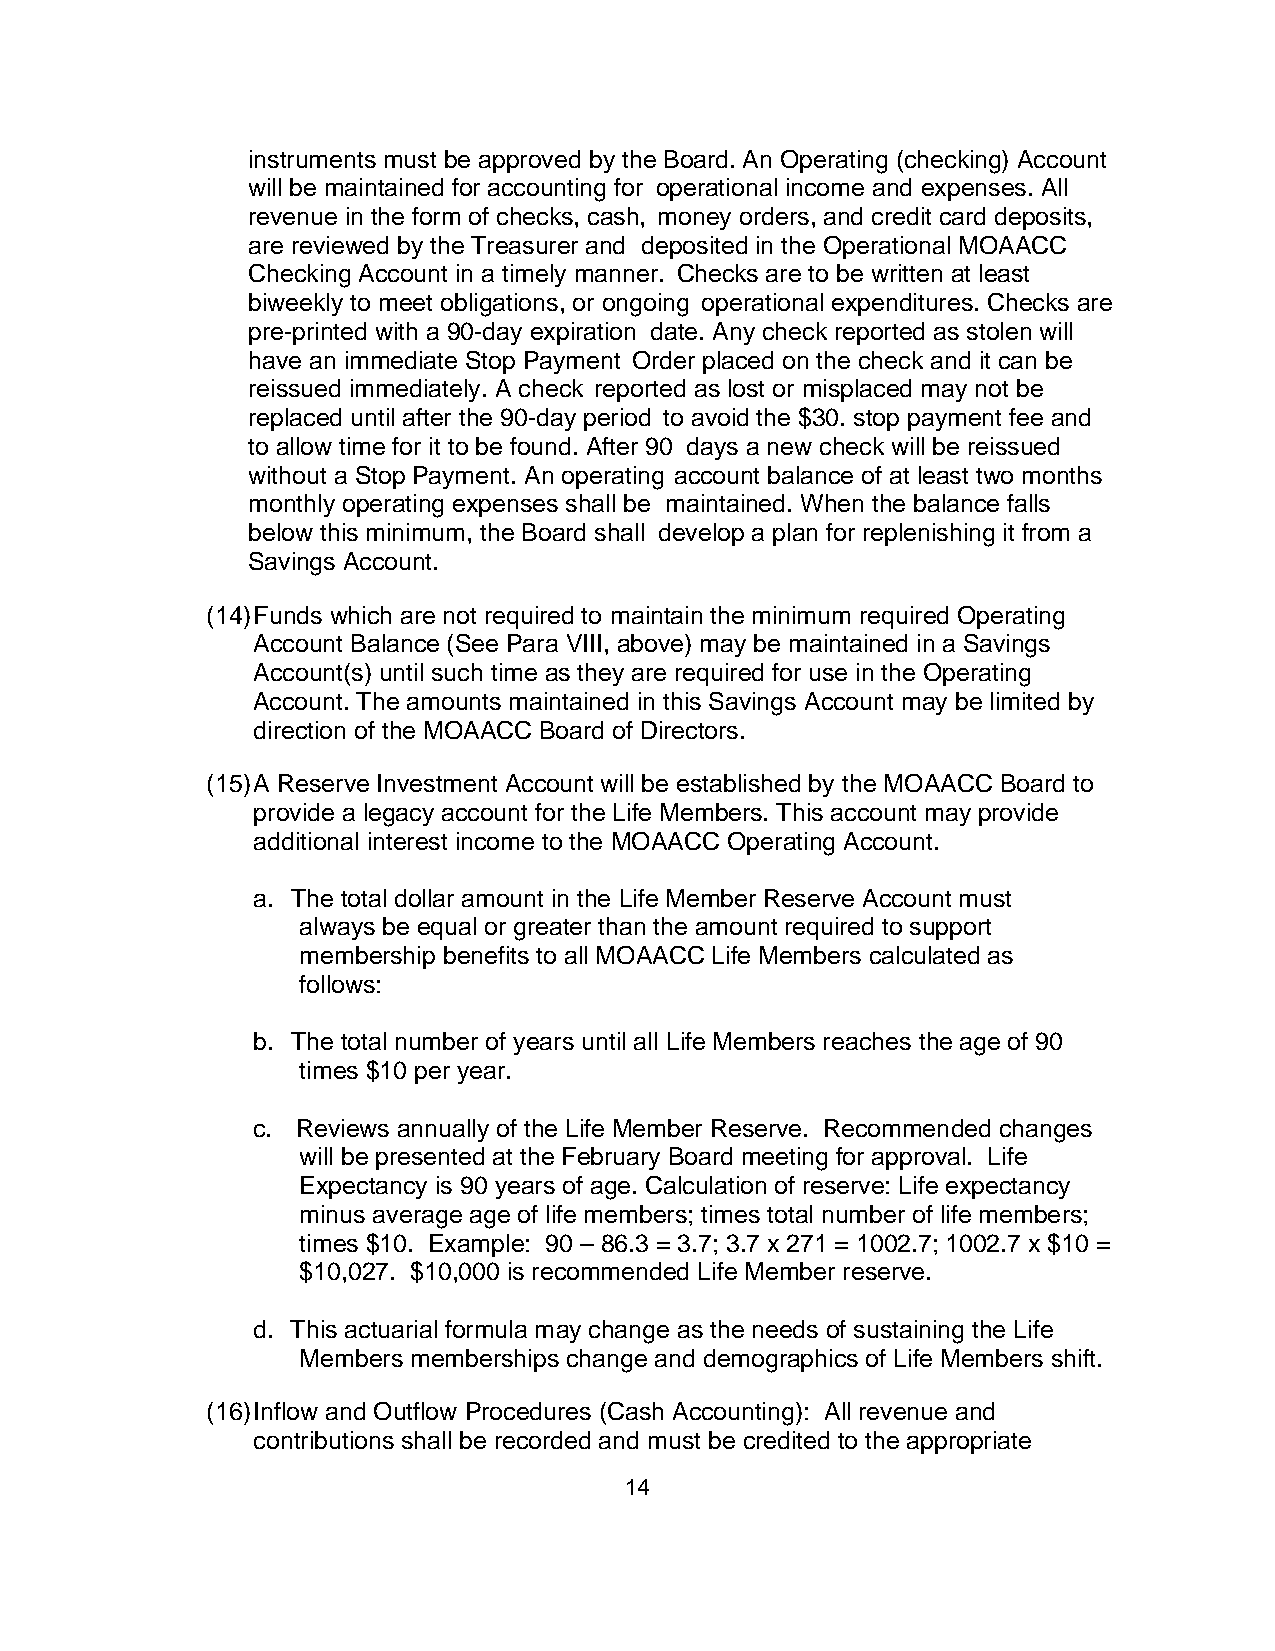
instruments must be approved by the Board. An Operating (checking) Account
 will be maintained for accounting for operational income and expenses. All
 revenue in the form of checks, cash, money orders, and credit card deposits,
 are reviewed by the Treasurer and deposited in the Operational MOAACC
 Checking Account in a timely manner. Checks are to be written at least
 biweekly to meet obligations, or ongoing operational expenditures. Checks are
 pre-printed with a 90-day expiration date. Any check reported as stolen will
 have an immediate Stop Payment Order placed on the check and it can be
 reissued immediately. A check reported as lost or misplaced may not be
 replaced until after the 90-day period to avoid the $30. stop payment fee and
 to allow time for it to be found. After 90 days a new check will be reissued
 without a Stop Payment. An operating account balance of at least two months
 monthly operating expenses shall be maintained. When the balance falls
 below this minimum, the Board shall develop a plan for replenishing it from a
 Savings Account.
 (14) Funds which are not required to maintain the minimum required Operating
 Account Balance (See Para VIII, above) may be maintained in a Savings
 Account(s) until such time as they are required for use in the Operating
 Account. The amounts maintained in this Savings Account may be limited by
 direction of the MOAACC Board of Directors.
 (15) A Reserve Investment Account will be established by the MOAACC Board to
 provide a legacy account for the Life Members. This account may provide
 additional interest income to the MOAACC Operating Account.
 a. The total dollar amount in the Life Member Reserve Account must
 always be equal or greater than the amount required to support
 membership benefits to all MOAACC Life Members calculated as
 follows:
 b. The total number of years until all Life Members reaches the age of 90
 times $10 per year.
 c. Reviews annually of the Life Member Reserve. Recommended changes
 will be presented at the February Board meeting for approval. Life
 Expectancy is 90 years of age. Calculation of reserve: Life expectancy
 minus average age of life members; times total number of life members;
 times $10. Example: 90 – 86.3 = 3.7; 3.7 x 271 = 1002.7; 1002.7 x $10 =
 $10,027. $10,000 is recommended Life Member reserve.
 d. This actuarial formula may change as the needs of sustaining the Life
 Members memberships change and demographics of Life Members shift.
 (16) Inflow and Outflow Procedures (Cash Accounting): All revenue and
 contributions shall be recorded and must be credited to the appropriate
 14